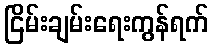
ငြိမ်းချမ်းရေးကွန်ရက်